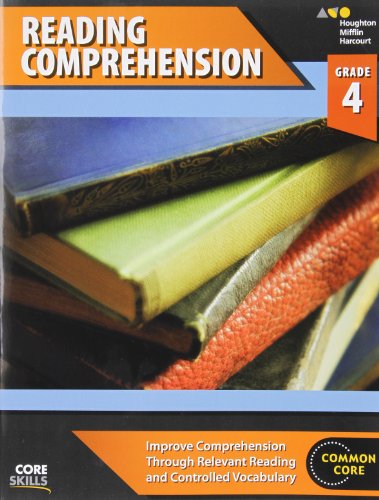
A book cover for Steck-Vaughn Core Skills Reading Comprehension: Workbook Grade 4; STECK-VAUGHN; Sports & Outdoors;